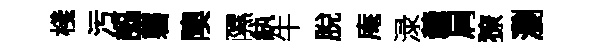
棧污謳礱隩隰紈牛脫庵渌羹肩獠瀏